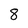
Character: 8